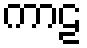
ကာဠ